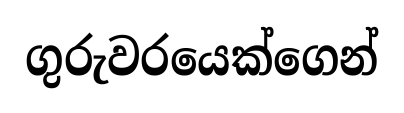
ගුරුවරයෙක්ගෙන්